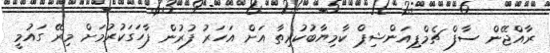
ރާއްޖޭން ސާފް ޗެމްޕިއަންޝިޕް ކާމިޔާބުކުރިތާ އަށް އަހަރު ފުރުން ފާހަގަކުރުމަށް މިރޭ ގައުމީ